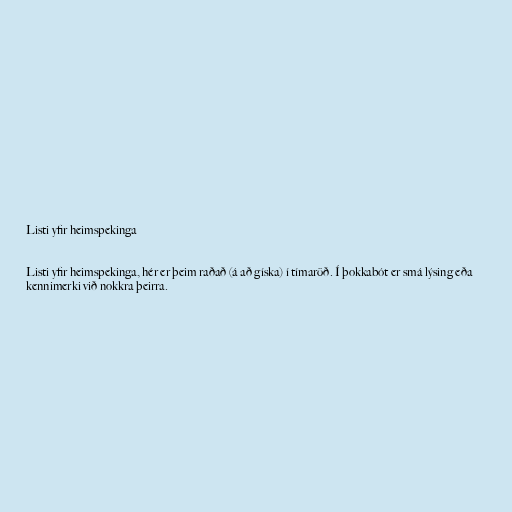
Listi yfir heimspekinga

Listi yfir heimspekinga, hér er þeim raðað (á að gíska) í tímaröð. Í þokkabót er smá lýsing eða
kennimerki við nokkra þeirra.